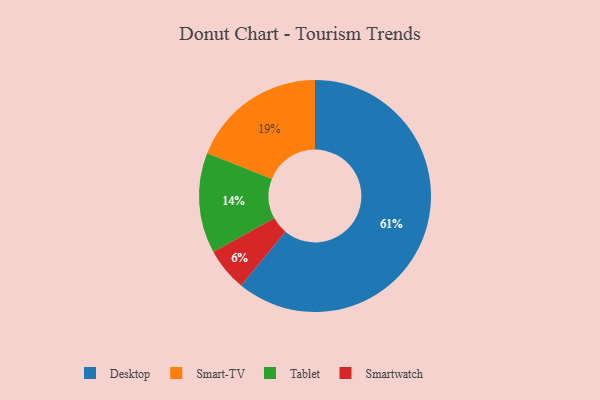
{"axis": {"x": "Category", "y": "Percentage"}, "legend": ["Desktop", "Smart-TV", "Smartwatch", "Tablet"], "data": [{"x": "Desktop", "y": 61, "type": "Desktop"}, {"x": "Smartwatch", "y": 6, "type": "Smartwatch"}, {"x": "Smart-TV", "y": 19, "type": "Smart-TV"}, {"x": "Tablet", "y": 14, "type": "Tablet"}]}